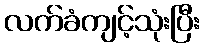
လက်ခံကျင့်သုံးပြီး